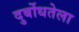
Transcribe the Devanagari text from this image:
दुर्बोधतेला